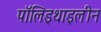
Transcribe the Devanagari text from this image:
पॉलिइथाइलीन